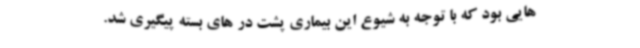
هایی بود که با توجه به شیوع این بیماری پشت در های بسته پیگیری شد.